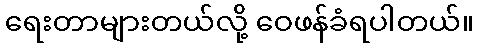
ရေးတာများတယ်လို့ ဝေဖန်ခံရပါတယ်။